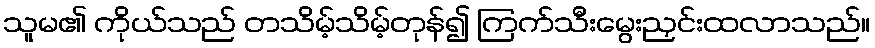
သူမ၏ ကိုယ်သည် တသိမ့်သိမ့်တုန်၍ ကြက်သီးမွေးညှင်းထလာသည်။